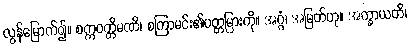
လွန်မြောက်၍။ စက္ကဝတ္တိမဏိ၊ စကြာမင်း၏ပတ္တမြားကို။ အဂ္ဂံ၊ အမြတ်ဟု။ အက္ခာယတိ၊